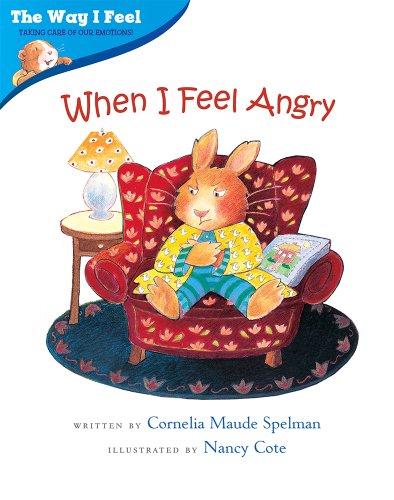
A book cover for When I Feel Angry (Way I Feel Books); Cornelia Maude Spelman; Children's Books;